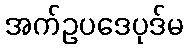
အက်ဥပဒေပုဒ်မ